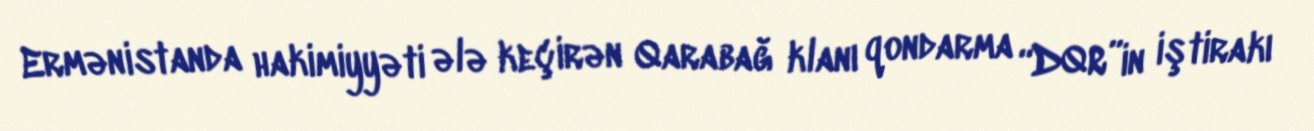
Ermənistanda hakimiyyəti ələ keçirən Qarabağ klanı qondarma “DQR”in iştirakı